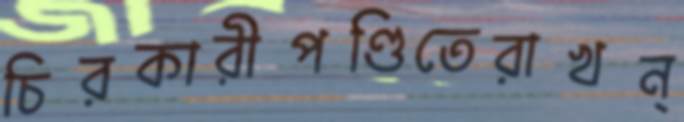
চিরকারীপণ্ডিতেরাখন্‌